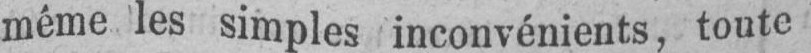
même les simples inconvénients, toute